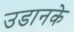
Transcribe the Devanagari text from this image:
उडानके